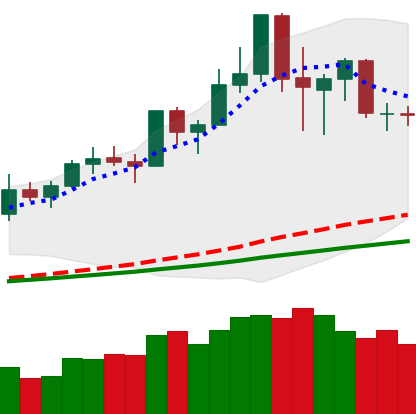
Ticker: NEO-USD
Chart end date: 2020-02-21
Forward return: -21.476%
Label: down_7plus